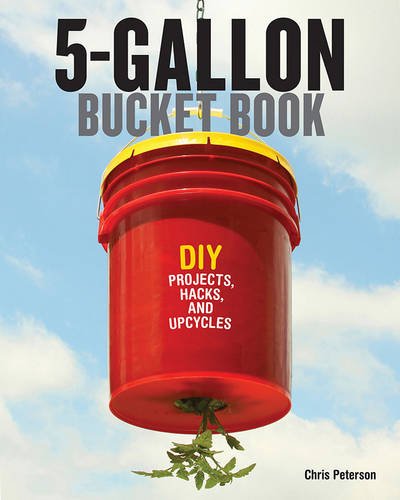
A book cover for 5-Gallon Bucket Book: DIY Projects, Hacks, and Upcycles; Chris Peterson; Science & Math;